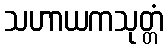
သဟာယကသုတ္တံ